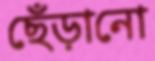
ছেঁড়ানো